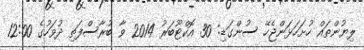
ލިޔުންތައް ހުށަހަޅަންޖެހޭ ސުންގަޑި: 30 އޮކްޓޫބަރު 2014 ވާ ބުރާސްފަތި ދުވަހުގެ 12:00